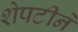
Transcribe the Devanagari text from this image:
शेपटीने